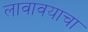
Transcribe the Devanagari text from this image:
लावावयाचा